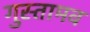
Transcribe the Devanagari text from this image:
गुस्तामव